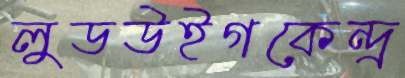
লুডউইগকেন্দ্র